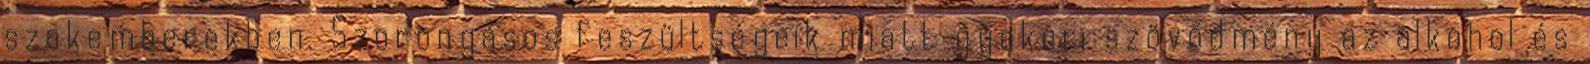
szakemberekben. Szorongásos feszültségeik miatt gyakori szövődmény az alkohol és